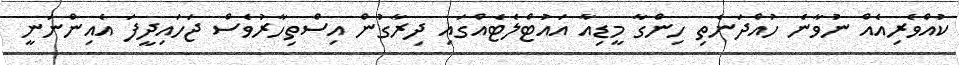
ކުއްވެރިއެއް ނުވާނެ ހުއްދަނެތި ހިންގާ މީޑިއާ އައުޓްލެޓެއްގައި ދިރާގުން އިސްތިހާރުވެސް ޖަހައިދީފަ އެއިންނަނީ